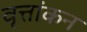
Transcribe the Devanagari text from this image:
वृत्तांकन